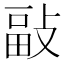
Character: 𢾇